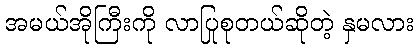
အမယ်အိုကြီးကို လာပြုစုတယ်ဆိုတဲ့ နှမလား